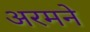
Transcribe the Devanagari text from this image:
अरमने